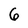
Character: 6